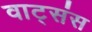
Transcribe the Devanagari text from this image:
वाट्संस